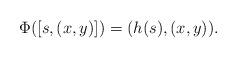
LaTeX: \begin{align*}\Phi([s, (x,y)]) = (h(s), (x,y)).\end{align*}